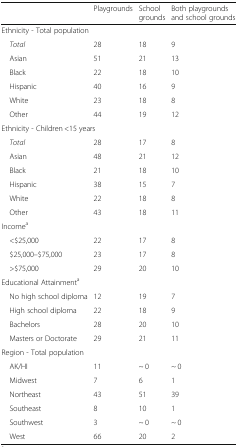
<table><thead><tr><td></td><td><b>Playgrounds</b></td><td><b>School grounds</b></td><td><b>Both playgrounds and school grounds</b></td></tr></thead><tbody><tr><td colspan="4">Ethnicity - Total population</td></tr><tr><td> <i>Total</i></td><td>28</td><td>18</td><td>9</td></tr><tr><td> Asian</td><td>51</td><td>21</td><td>13</td></tr><tr><td> Black</td><td>22</td><td>18</td><td>10</td></tr><tr><td> Hispanic</td><td>40</td><td>16</td><td>9</td></tr><tr><td> White</td><td>23</td><td>18</td><td>8</td></tr><tr><td> Other</td><td>44</td><td>19</td><td>12</td></tr><tr><td colspan="4">Ethnicity - Children &lt;15 years</td></tr><tr><td> <i>Total</i></td><td>28</td><td>17</td><td>8</td></tr><tr><td> Asian</td><td>48</td><td>21</td><td>12</td></tr><tr><td> Black</td><td>21</td><td>18</td><td>10</td></tr><tr><td> Hispanic</td><td>38</td><td>15</td><td>7</td></tr><tr><td> White</td><td>22</td><td>18</td><td>8</td></tr><tr><td> Other</td><td>43</td><td>18</td><td>11</td></tr><tr><td colspan="4">Income<sup>a</sup></td></tr><tr><td> &lt;$25,000</td><td>22</td><td>17</td><td>8</td></tr><tr><td> $25,000–$75,000</td><td>23</td><td>17</td><td>8</td></tr><tr><td> &gt;$75,000</td><td>29</td><td>20</td><td>10</td></tr><tr><td colspan="4">Educational Attainment<sup>a</sup></td></tr><tr><td> No high school diploma</td><td>12</td><td>19</td><td>7</td></tr><tr><td> High school diploma</td><td>22</td><td>18</td><td>9</td></tr><tr><td> Bachelors</td><td>28</td><td>20</td><td>10</td></tr><tr><td> Masters or Doctorate</td><td>29</td><td>21</td><td>11</td></tr><tr><td colspan="4">Region - Total population</td></tr><tr><td> AK/HI</td><td>11</td><td>~ 0</td><td>~ 0</td></tr><tr><td> Midwest</td><td>7</td><td>6</td><td>1</td></tr><tr><td> Northeast</td><td>43</td><td>51</td><td>39</td></tr><tr><td> Southeast</td><td>8</td><td>10</td><td>1</td></tr><tr><td> Southwest</td><td>3</td><td>~ 0</td><td>~ 0</td></tr><tr><td> West</td><td>66</td><td>20</td><td>2</td></tr></tbody></table>